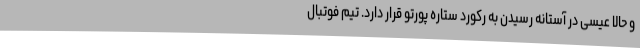
و حالا عیسی در آستانه رسیدن به رکورد ستاره پورتو قرار دارد. تیم فوتبال